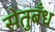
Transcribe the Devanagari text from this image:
सेतुबँध